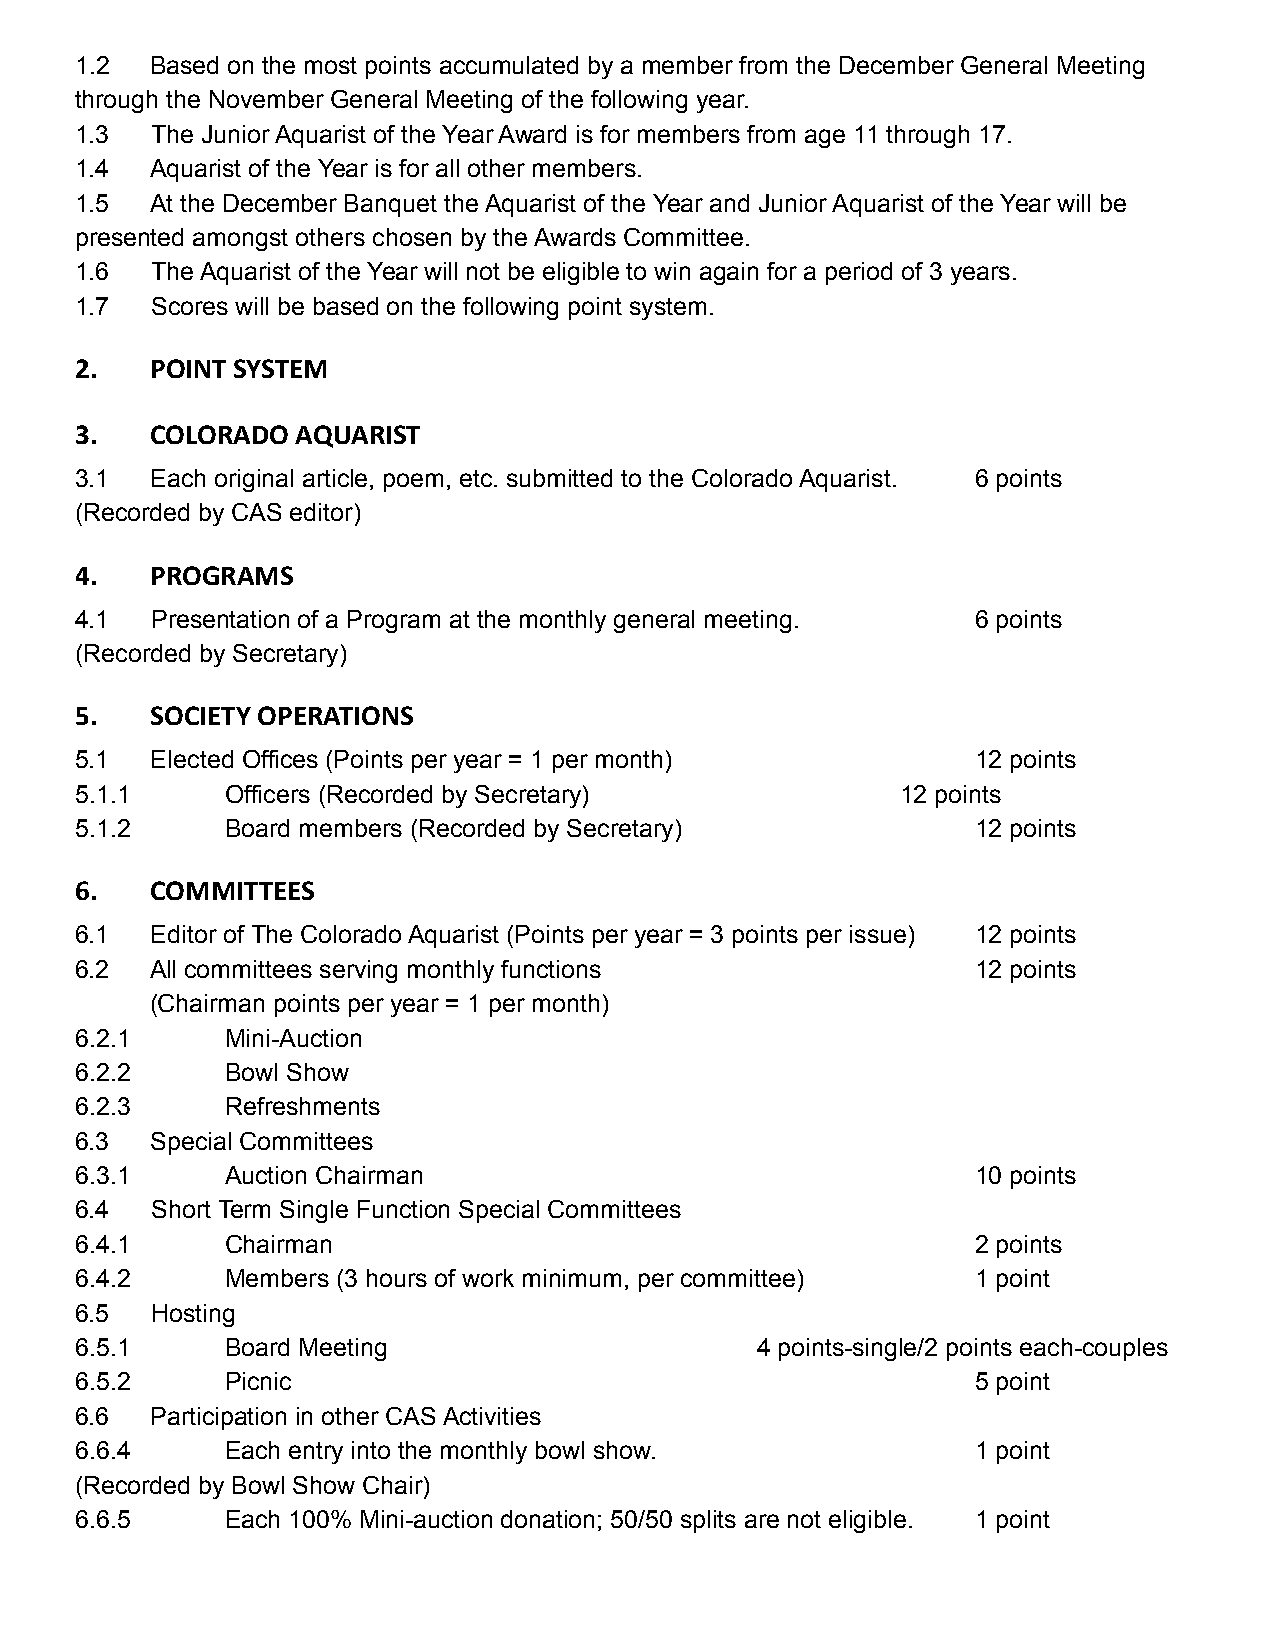
1.2  Based on the most points accumulated by a member from the December General Meeting
 through the November General Meeting of the following year.
 1.3  The Junior Aquarist of the Year Award is for members from age 11 through 17.
 1.4  Aquarist of the Year is for all other members.
 1.5  At the December Banquet the Aquarist of the Year and Junior Aquarist of the Year will be
 presented amongst others chosen by the Awards Committee.
 1.6  The Aquarist of the Year will not be eligible to win again for a period of 3 years.
 1.7  Scores will be based on the following point system.
 2.   POINT SYSTEM
 3.   COLORADO  AQUARIST
 3.1  Each original article, poem, etc. submitted to the Colorado Aquarist. 6 points
 (Recorded by CAS editor)
 4.   PROGRAMS
 4.1  Presentation of a Program at the monthly general meeting. 6 points
 (Recorded by Secretary)
 5.   SOCIETY OPERATIONS
 5.1  Elected Offices (Points per year = 1 per month)        12 points
 5.1.1     Officers (Recorded by Secretary)             12 points
 5.1.2     Board members (Recorded by Secretary)             12 points
 6.   COMMITTEES
 6.1  Editor of The Colorado Aquarist (Points per year = 3 points per issue) 12 points
 6.2  All committees serving monthly functions               12 points
 (Chairman points per year = 1 per month)
 6.2.1     Mini-Auction
 6.2.2     Bowl Show
 6.2.3     Refreshments
 6.3  Special Committees
 6.3.1     Auction Chairman                                  10 points
 6.4  Short Term Single Function Special Committees
 6.4.1     Chairman                                          2 points
 6.4.2     Members (3 hours of work minimum, per committee)  1 point
 6.5  Hosting
 6.5.1     Board Meeting                      4 points-single/2 points each-couples
 6.5.2     Picnic                                            5 point
 6.6  Participation in other CAS Activities
 6.6.4     Each entry into the monthly bowl show.            1 point
 (Recorded by Bowl Show Chair)
 6.6.5     Each 100% Mini-auction donation; 50/50 splits are not eligible. 1 point